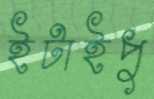
ইটাইপু